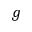
g